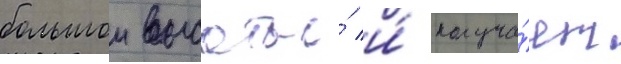
большои высоты́ и́ получа́ет